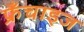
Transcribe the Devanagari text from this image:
फ्रँचाइज